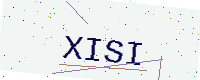
Text: XISI